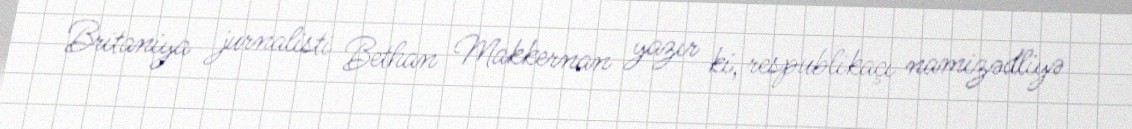
Britaniya jurnalisti Bethan Makkernan yazır ki, respublikaçı namizədliyə